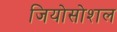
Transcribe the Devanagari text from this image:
जियोसोशल